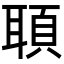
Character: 𦖦